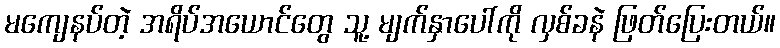
မကျေနပ်တဲ့ အရိပ်အယောင်တွေ သူ့ မျက်နှာပေါ်ကို လှစ်ခနဲ ဖြတ်ပြေးတယ်။